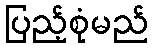
ပြည့်စုံမည်